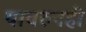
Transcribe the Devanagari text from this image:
यावरुनही